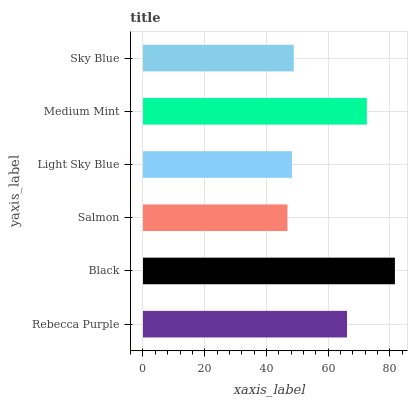
| yaxis_label | bars |
 | --- | --- |
 | Rebecca Purple | 66.1 |
 | Black | 81.6 |
 | Salmon | 46.8 |
 | Light Sky Blue | 48.3 |
 | Medium Mint | 72.5 |
 | Sky Blue | 48.9 |